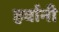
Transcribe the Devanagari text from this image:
हर्वानी